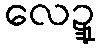
လေဍ္ဍု